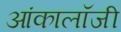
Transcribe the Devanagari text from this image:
आंकालॉजी